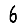
Digit: 6